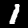
Label: 1